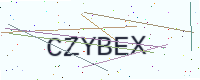
Text: CZYBEX